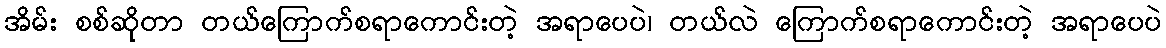
အိမ်း စစ်ဆိုတာ တယ်ကြောက်စရာကောင်းတဲ့ အရာပေပဲ၊ တယ်လဲ ကြောက်စရာကောင်းတဲ့ အရာပေပဲ